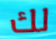
لك